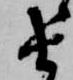
由